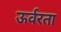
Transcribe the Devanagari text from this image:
ऊर्वरता